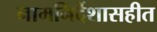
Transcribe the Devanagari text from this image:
नामनिर्देशासहीत